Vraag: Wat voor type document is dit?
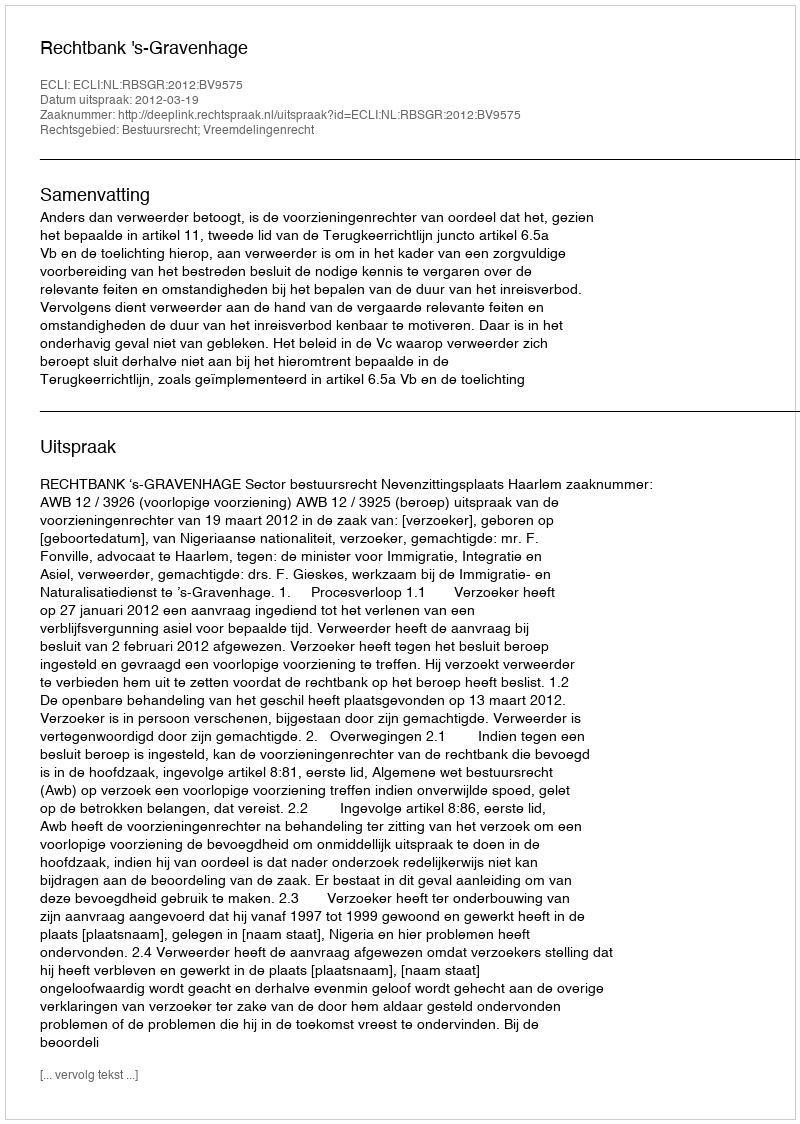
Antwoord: Uitspraak